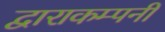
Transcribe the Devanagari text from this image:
द्वाराकम्‍पनी